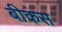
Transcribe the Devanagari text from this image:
बीकंस